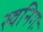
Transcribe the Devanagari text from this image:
स्वनिगः